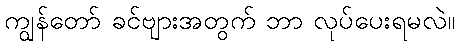
ကျွန်တော် ခင်ဗျားအတွက် ဘာ လုပ်ပေးရမလဲ။